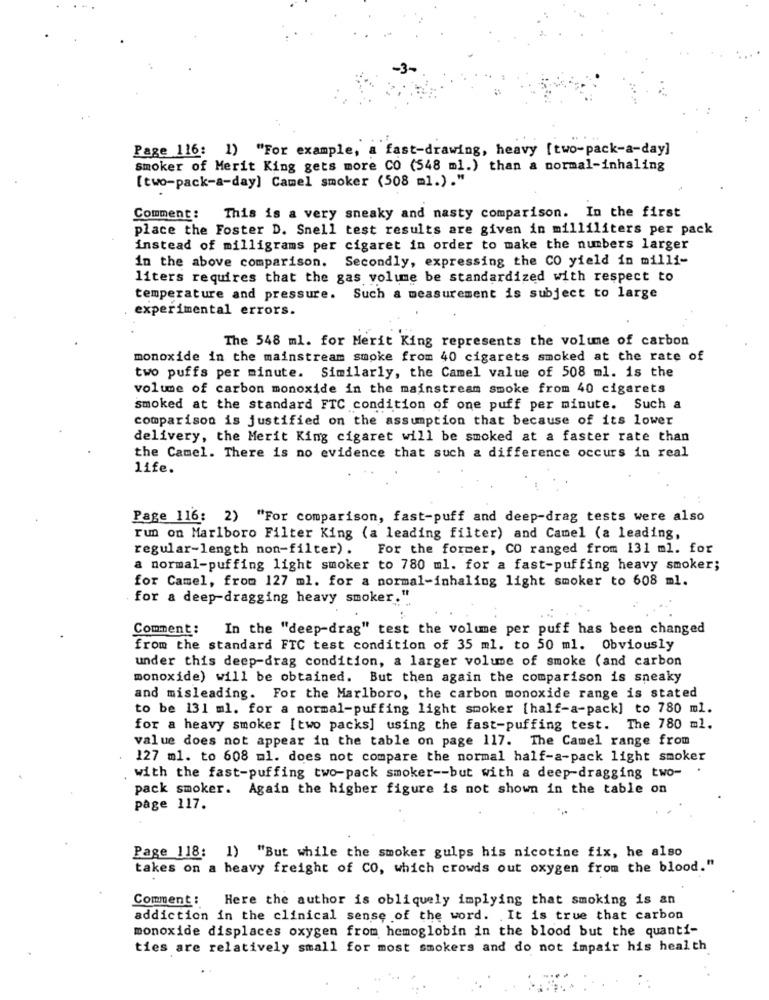
Page 116: 1) "For example, a fast-drawing, heavy [two-pack-a-day]
smoker of Merit King gets more CO (548 ml.) than a normal-inhaling
[two-pack-a-day] Camel smoker (508 ml.)."
Comment :
This is a very sneaky and nasty comparison. In the first
place the Foster D. Snell test results are given in milliliters per pack
instead of milligrams per cigaret in order to make the numbers larger
in the above comparison. Secondly, expressing the CO yield in milli-
liters requires that the gas volume be standardized with respect to
temperature and pressure. Such a measurement is subject to large
experimental errors.
The 548 ml. for Merit King represents the volume of carbon
monoxide in the mainstream smoke from 40 cigarets smoked at the rate of
two puffs per minute. Similarly, the Camel value of 508 ml. is the
volume of carbon monoxide in the mainstream smoke from 40 cigarets
smoked at the standard FTC condition of one puff per minute. Such a
comparison is justified on the assumption that because of its lower
delivery, the Merit King cigaret will be smoked at a faster rate than
the Camel. There is no evidence that such a difference occurs in real
life.
Page 116: 2) "For comparison, fast-puff and deep-drag tests were also
run on Marlboro Filter King (a leading filter) and Camel (a leading,
regular-length non-filter). For the former, CO ranged from 131 ml. for
a normal-puffing light smoker to 780 ml. for a fast-puffing heavy smoker;
for Camel, from 127 ml. for a normal-inhaling light smoker to 608 ml.
for a deep-dragging heavy smoker."
Comment: In the "deep-drag" test the volume per puff has been changed
from the standard FTC test condition of 35 ml. to 50 ml. Obviously
under this deep-drag condition, a larger volume of smoke (and carbon
monoxide) will be obtained. But then again the comparison is sneaky
and misleading. For the Marlboro, the carbon monoxide range is stated
to be 131 ml. for a normal-puffing light smoker [half-a-pack] to 780 ml.
for a heavy smoker [two packs] using the fast-puffing test. The 780 ml.
value does not appear in the table on page 117. The Camel range from
127 m1. to 608 ml. does not compare the normal half-a-pack light smoker
.
with the fast-puffing two-pack smoker -- but with a deep-dragging two-
pack smoker. Again the higher figure is not shown in the table on
page 117.
Page 118: 1) "But while the smoker gulps his nicotine fix, he also
takes on a heavy freight of CO, which crowds out oxygen from the blood."
Comment:
Here the author is obliquely implying that smoking is an
addiction in the clinical sense of the word. It is true that carbon
monoxide displaces oxygen from hemoglobin in the blood but the quanti-
ties are relatively small for most smokers and do not impair his health